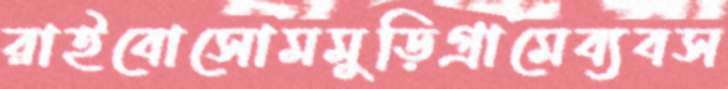
রাইবোসোমমুড়িগ্রামেব্যবস